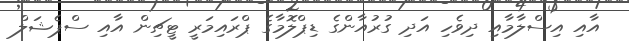
އާއި އިސްލާމާއި ދިވެހި އަދި ގުރުއާންގެ ޑިޕްލޮމާގެ ޕްރައިމަރީ ޓީޗިން އާއި ސްޕެޝަލް